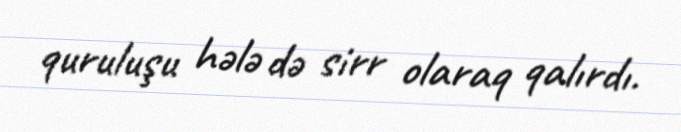
quruluşu hələ də sirr olaraq qalırdı.